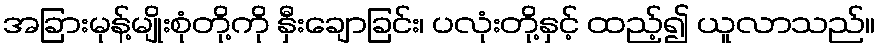
အခြားမုန့်မျိုးစုံတို့ကို နှီးချောခြင်း၊ ပလုံးတို့နှင့် ထည့်၍ ယူလာသည်။